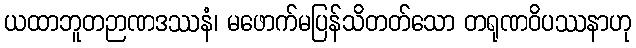
ယထာဘူတဉာဏဒဿနံ၊ မဖောက်မပြန်သိတတ်သော တရုဏဝိပဿနာဟု